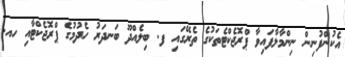
އެކުންފުނިން ނިންމާލާފައިވާ ޕްރޮޖެކްޓެތަކުގެ ތެރޭގައި ފ. ބިލެއްދޫ ބަނދަރު ހެދުމުގެ ޕްރޮޖެކްޓާއި ހއ.